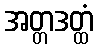
အတ္တဒတ္ထံ